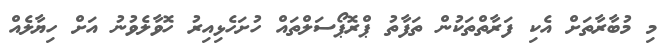
މި މުބާރާތަށް އެކި ފަރާތްތަކުން ތަފާތު ޕްރޮޕޯސަލްތައް ހުށަހެޅިއިރު ހޮވާލެވުނު އަށް ހިޔާލެއް